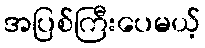
အပြစ်ကြီးပေမယ့်